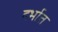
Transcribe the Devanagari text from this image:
दर्भात